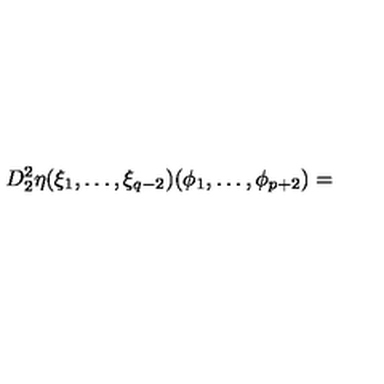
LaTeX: D _ { 2 } ^ { 2 } \eta ( { \xi } _ { 1 } , \ldots , { \xi } _ { q - 2 } ) ( { \phi } _ { 1 } , \ldots , { \phi } _ { p + 2 } ) =